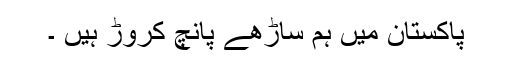
پاکستان میں ہم ساڑھے پانچ کروڑ ہیں ۔